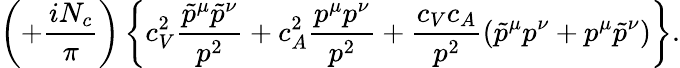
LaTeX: \left(+\frac{iN_{c}}{\pi}\right)\left\{ c_{V}^{2}\frac{\tilde{p}^{\mu}\tilde{p}^{\nu}}{p^{2}}+c_{A}^{2}\frac{p^{\mu}p^{\nu}}{p^{2}}+\frac{c_{V}c_{A}}{p^{2}}\left(\tilde{p}^{\mu}p^{\nu}+p^{\mu}\tilde{p}^{\nu}\right)\right\} .